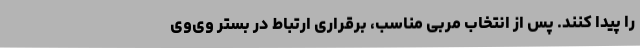
را پیدا کنند. پس از انتخاب مربی مناسب، برقراری ارتباط در بستر وی‌وی